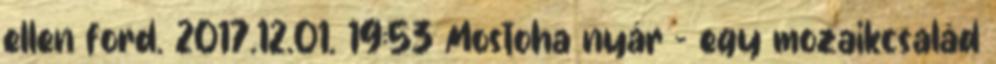
ellen ford. 2017.12.01. 19:53 Mostoha nyár - egy mozaikcsalád